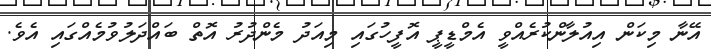
އޭނާ މިކަން އިއުލާންކުރެއްވީ އެމްޑީޕީ އޮފީހުގައި މިއަދު މެންދުރު އޮތް ބައްދަލުވުމެއްގައި އެވެ.